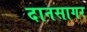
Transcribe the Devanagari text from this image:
दानसागर